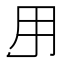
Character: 𱰜